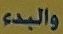
والبدء